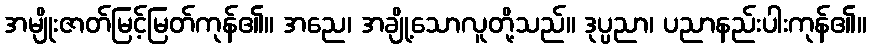
အမျိုးဇာတ်မြင့်မြတ်ကုန်၏။ အညေ၊ အချို့သောလူတို့သည်။ ဒုပ္ပညာ၊ ပညာနည်းပါးကုန်၏။